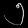
Digit: ၅